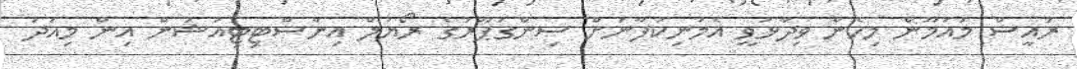
ރައީސް މައުމޫން މިހެން ވިދާޅުވީ އެމަނިކުފާނަށް ސިންގަޕޫރުގެ ރޯޔަލް އިންސްޓިޓިއުޝަން އިން މިއަދު